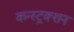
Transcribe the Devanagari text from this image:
कन्‍स्‍ट्रक्‍शन